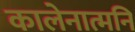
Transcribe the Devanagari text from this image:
कालेनात्मनि